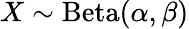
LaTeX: X\sim\operatorname{Beta}(\alpha,\beta)